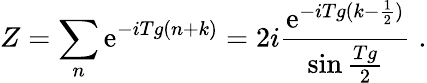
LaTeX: Z=\sum_{n}\mathrm{e}^{-iTg(n+k)}=2i\frac{{\mathrm{e}^{-iTg(k-\frac{{1}}{{2}})}}}{{\sin\frac{{Tg}}{{2}}}}\; .